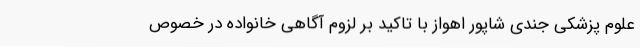
علوم پزشکی جندی شاپور اهواز با تاکید بر لزوم آگاهی خانواده در خصوص